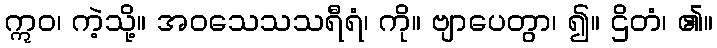
ဣဝ၊ ကဲ့သို့။ အဝသေသသရီရံ၊ ကို။ ဗျာပေတွာ၊ ၍။ ဌိတံ၊ ၏။